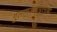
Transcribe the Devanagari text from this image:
गुलामअलीपुरनाथा